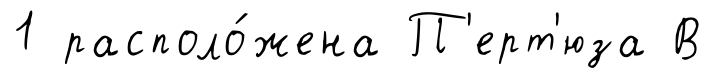
1 располо́жена П'ерт'юза В